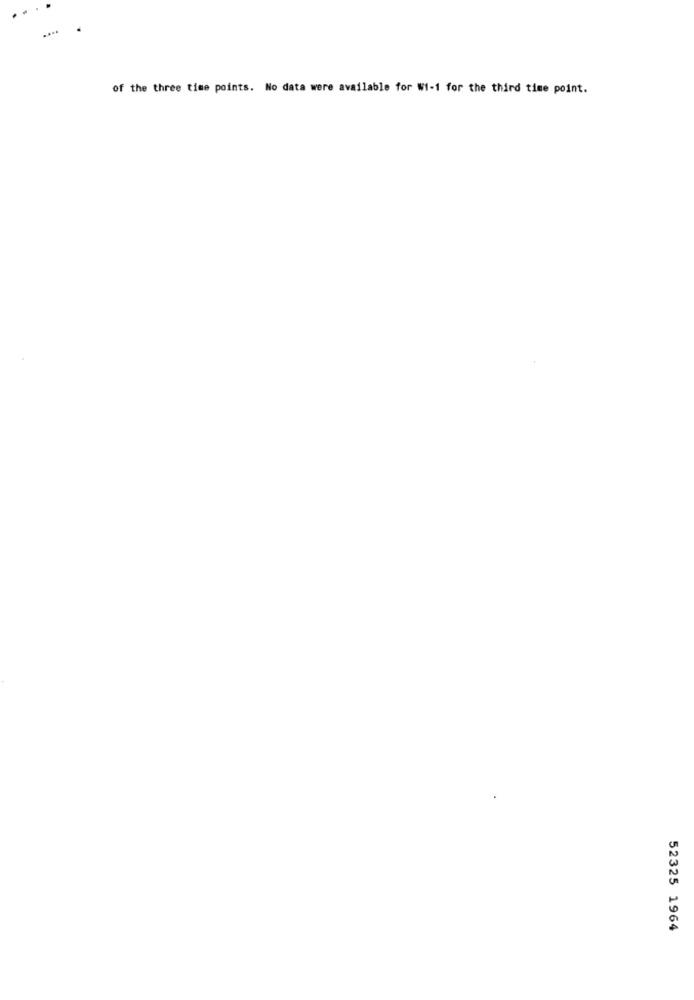
of the three time points. No data were available for W1-1 for the third time point.
52325 1964